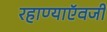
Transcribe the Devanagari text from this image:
रहाण्याऍवजी